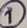
Text: 1